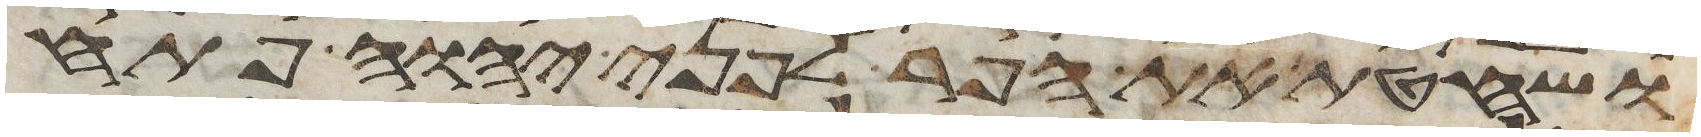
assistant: ושחטת את הפר לפני יהוה פתח